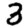
Digit: 3